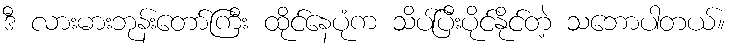
ဒီ လားမားဘုန်းတော်ကြီး ထိုင်နေပုံက သိပ်ပြီးပိုင်နိုင်တဲ့ သဘောပါတယ်။